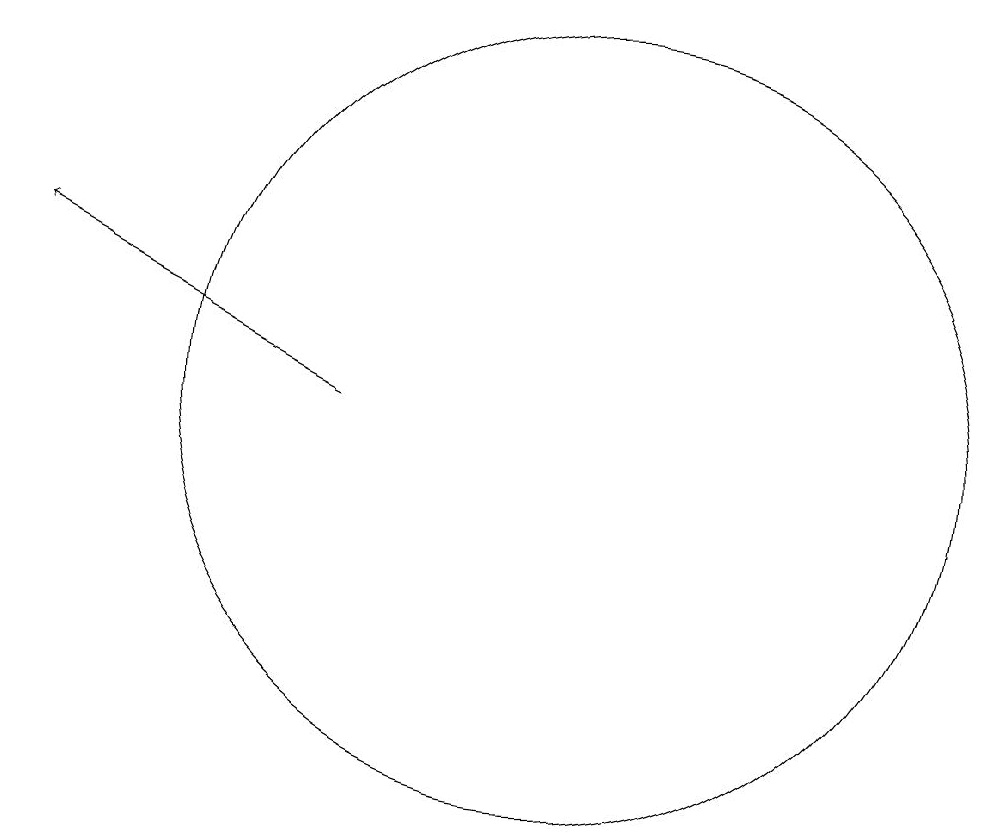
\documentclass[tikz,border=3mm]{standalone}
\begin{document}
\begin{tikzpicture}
\draw (12,12) circle (0);
\draw (11,12) circle (0);
\draw[->] (7,10) -- (3,12);
\draw (10,10) circle (5);
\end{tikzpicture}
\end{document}